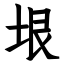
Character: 垠